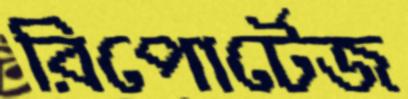
রিপোর্টেজ